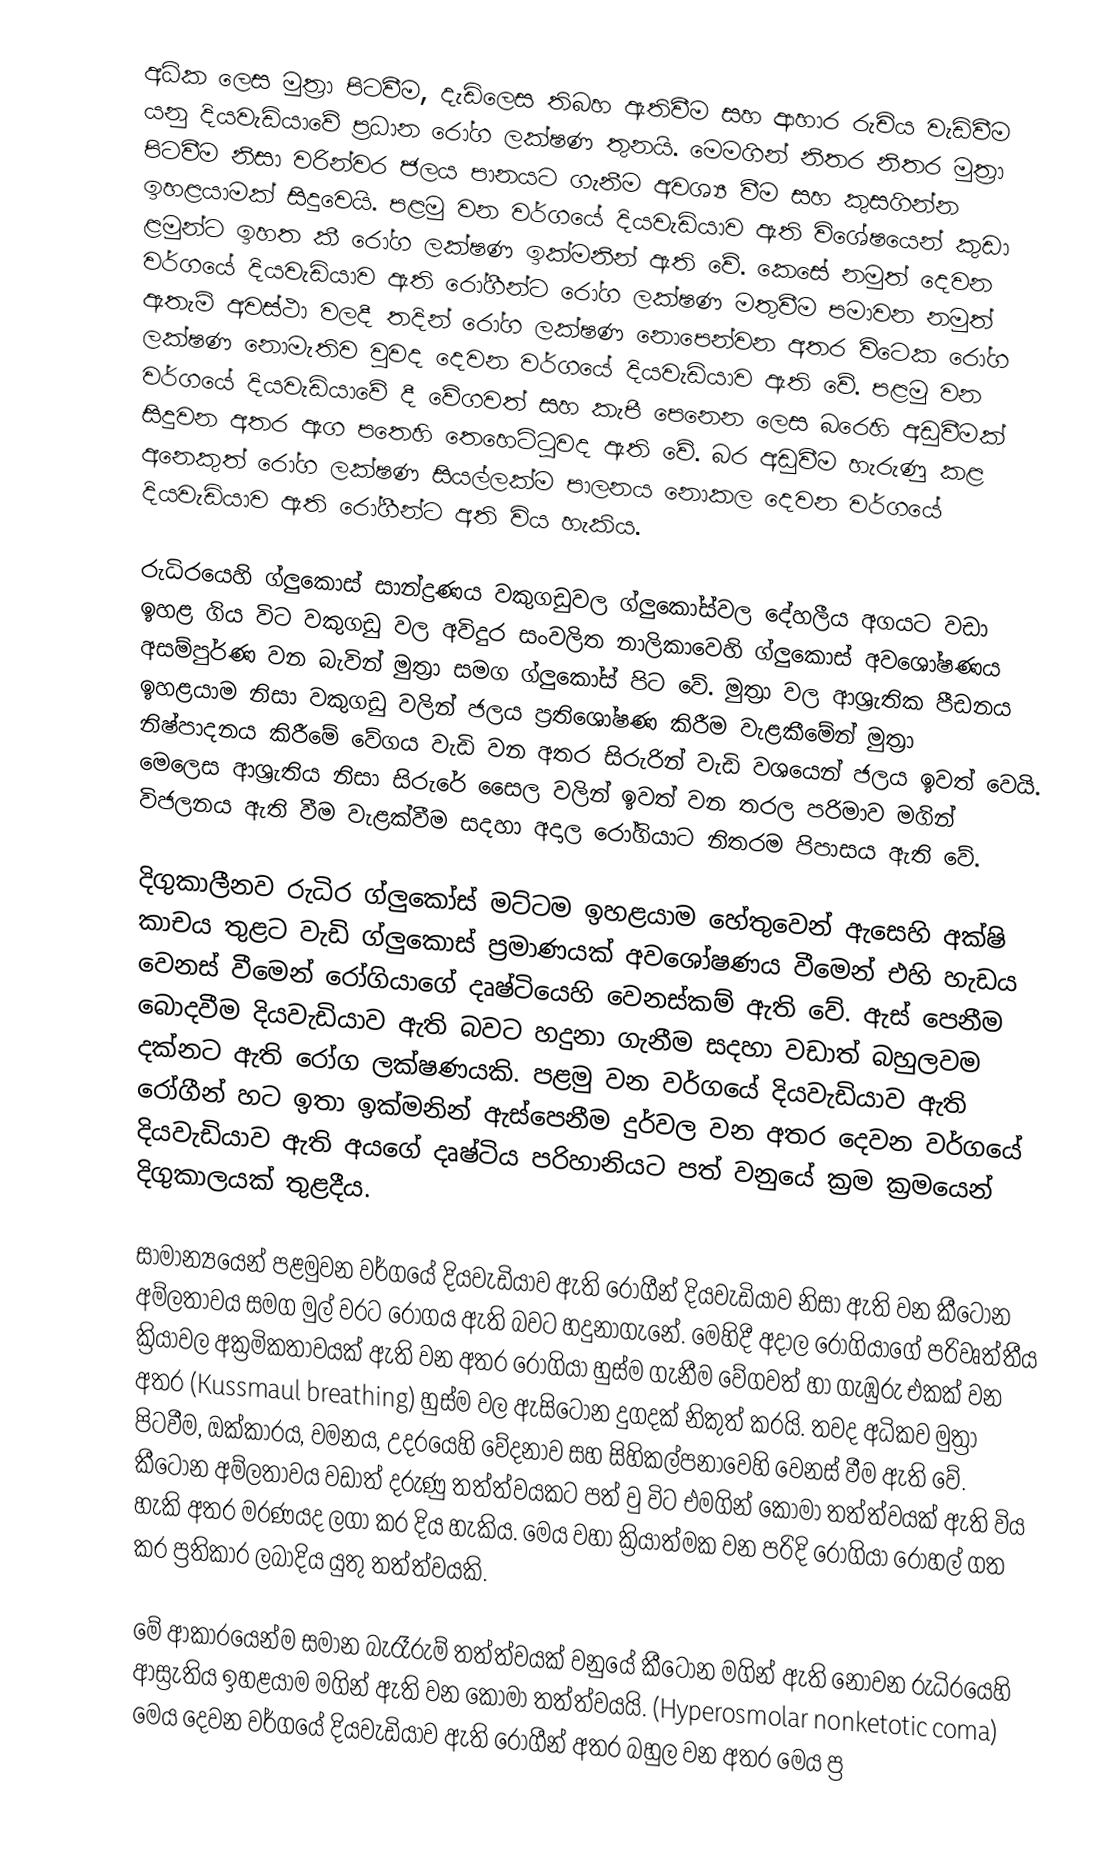
අධික ලෙස මුත්‍රා  පිටවීම, දැඩිලෙස තිබහ ඇතිවීම සහ ආහාර රුචිය වැඩිවීම යනු දියවැඩියාවේ ප්‍රධාන රෝග ලක්ෂණ තුනයි. මෙමගින් නිතර නිතර මුත්‍රා පිටවීම නිසා වරින්වර ජලය පානයට ගැනීම අවශ්‍ය වීම සහ කුසගින්න ඉහළයාමක් සිදුවෙයි. පළමු වන වර්ගයේ දියවැඩියාව ඇති විශේෂයෙන් කුඩා ළමුන්ට ඉහත කී රෝග ලක්ෂණ ඉක්මනින් ඇති වේ. කෙසේ නමුත් දෙවන වර්ගයේ දියවැඩියාව ඇති රෝගීන්ට රෝග ලක්ෂණ මතුවීම පමාවන නමුත් ඇතැම් අවස්ථා වලදී තදින් රෝග ලක්ෂණ නොපෙන්වන අතර විටෙක රෝග ලක්ෂණ නොමැතිව වුවද දෙවන වර්ගයේ දියවැඩියාව ඇති වේ. පළමු වන වර්ගයේ දියවැඩියාවේ දී වේගවත් සහ කැපී පෙනෙන ලෙස බරෙහි අඩුවීමක් සිදුවන අතර ඇග පතෙහි තෙහෙට්ටුවද ඇති වේ. බර අඩුවීම හැරුණු කළ අනෙකුත් රෝග ලක්ෂණ සියල්ලක්ම පාලනය නොකල දෙවන වර්ගයේ දියවැඩියාව ඇති රෝගීන්ට අති විය හැකිය.

රුධිරයෙහි ග්ලුකොස් සාන්ද්‍රණය වකුගඩුවල ග්‍ලුකෝස්වල දේහලීය අගයට වඩා ඉහළ ගිය විට වකුගඩු වල අවිදුර සංවලිත නාලිකාවෙහි ග්ලුකොස් අවශෝෂණය අසම්පුර්ණ වන බැවින් මුත්‍රා සමග ග්ලුකෝස් පිට වේ. මුත්‍රා වල ආශ්‍රැතික පීඩනය ඉහළයාම නිසා වකුගඩු වලින් ජලය ප්‍රතිශෝෂණ කිරීම වැළකීමේන් මුත්‍රා නිෂ්පාදනය කිරීමේ වේගය වැඩි වන අතර සිරුරින් වැඩි වශයෙන් ජලය ඉවත් වෙයි. මෙලෙස ආශ්‍රැතිය නිසා සිරුරේ සෛල වලින් ඉවත් වන තරල පරිමාව මගින් විජලනය ඇති වීම වැළක්වීම සදහා අදාල රෝගියාට නිතරම පිපාසය ඇති වේ.

දිගුකාලීනව රුධිර ග්ලුකෝස් මට්‍ටම ඉහළයාම හේතුවෙන් ඇසෙහි අක්ෂි කාචය තුළට වැඩි ග්ලුකොස් ප්‍රමාණයක් අවශෝෂණය වීමෙන් එහි හැඩය වෙනස් වීමෙන් රෝගියාගේ දෘෂ්ටියෙහි වෙනස්කම් ඇති වේ. ඇස් පෙනීම බොදවීම දියවැඩියාව ඇති බවට හදුනා ගැනීම සදහා වඩාත් බහුලවම දක්නට ඇති රෝග ලක්ෂණයකි. පළමු වන වර්ගයේ දියවැඩියාව ඇති රෝගීන් හට ඉතා ඉක්මනින් ඇස්පෙනීම දුර්වල වන අතර දෙවන වර්ගයේ දියවැඩියාව ඇති අයගේ දෘෂ්ටිය පරිහානියට පත් වනුයේ ක්‍රම ක්‍රමයෙන් දිගුකාලයක් තුළදීය.

සාමාන්‍යයෙන් පළමුවන වර්ගයේ දියවැඩියාව ඇති රෝගීන් දියවැඩියාව නිසා ඇති වන කීටෝන අම්ලතාවය සමග මුල් වරට රෝගය ඇති බවට හදුනා‍ගැනේ. මෙහිදී  අදාල රෝගියාගේ පරිවෘත්තීය ක්‍රියාවල අක්‍රමිකතාවයක් ඇති වන අතර රෝගියා හුස්ම ගැනීම වේගවත් හා ගැඹුරු එකක් වන අතර (Kussmaul breathing) හුස්ම වල ඇසිටෝන දුගදක් නිකුත් කරයි. තවද අධිකව මුත්‍රා පිටවීම, ඔක්කාරය, වමනය, උද‍රයෙහි වේදනාව සහ සිහිකල්පනාවෙහි වෙනස් වීම ඇති වේ. කීටෝන අම්ලතාවය වඩාත් දරුණු තත්ත්වයකට පත් වු විට එමගින් කෝමා තත්ත්වයක් ඇති විය හැකි අතර මරණයද ලගා කර දිය හැකිය. මෙය වහා ක්‍රියාත්මක වන පරිදි රෝගියා රෝහල් ගත කර ප්‍රතිකාර ලබාදිය යුතු තත්ත්වයකි.

මේ ආකාරයෙන්ම සමාන බැරෑරුම් තත්ත්වයක් වනුයේ කීටෝන මගින් ඇති නොවන රුධිරයෙහි ආස්‍රැතිය ඉහළයාම මගින් ඇති වන කෝමා තත්ත්වයයි. (Hyperosmolar nonketotic coma) මෙය දෙවන වර්ගයේ දියවැඩියාව ඇති රෝගීන් අතර බහුල වන අතර මෙය ප්‍ර